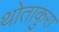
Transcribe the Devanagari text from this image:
थोताकुरा